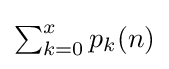
\textstyle \sum _{k=0}^{x}p_{k}(n)